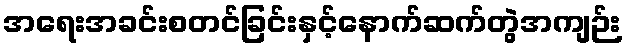
အရေးအခင်းစတင်ခြင်းနှင့်နောက်ဆက်တွဲအကျဉ်း